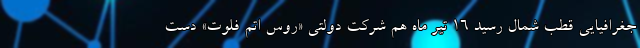
جغرافیایی قطب شمال رسید ۱۶ تیر ماه هم شرکت دولتی «روس اتم فلوت» دست